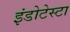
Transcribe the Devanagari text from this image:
इंडोटेस्टा